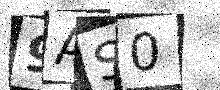
Text: 9AS0